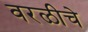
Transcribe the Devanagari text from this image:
वरळीचे